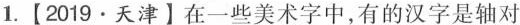
1.【2019·天津】在一些美术字中，有的汉字是轴对